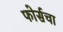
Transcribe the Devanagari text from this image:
फोर्सचा